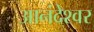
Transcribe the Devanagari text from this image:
आनंदेश्वर